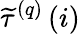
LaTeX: \widetilde{\tau}^{\left(q\right)}\left(i\right)